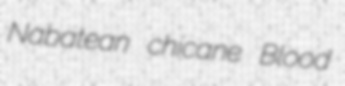
Nabatean chicane Blood